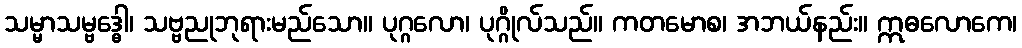
သမ္မာသမ္ဗဒ္ဓေါ၊ သဗ္ဗညုဘုရားမည်သော။ ပုဂ္ဂလော၊ ပုဂ္ဂိုလ်သည်။ ကတမောစ၊ အဘယ်နည်း။ ဣဓလောကေ၊